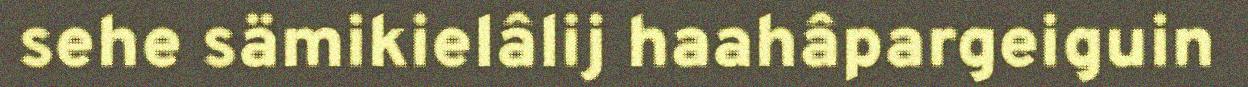
sehe sämikielâlij haahâpargeiguin